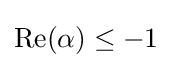
\operatorname {Re} (\alpha )\leq -1